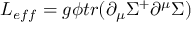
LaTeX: L _ { e f f } = g \phi t r ( \partial _ { \mu } \Sigma ^ { + } \partial ^ { \mu } \Sigma )